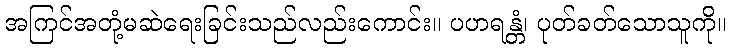
အကြင်အတုံ့မဆဲရေးခြင်းသည်လည်းကောင်း။ ပဟရန္တံ၊ ပုတ်ခတ်သောသူကို။